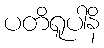
ပတိရူပါနိ